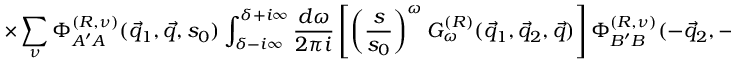
\times \sum _ { \nu } \Phi _ { A ^ { \prime } A } ^ { ( \cal R , \nu ) } ( \vec { q } _ { 1 } , \vec { q } , s _ { 0 } ) \int _ { \delta - i \infty } ^ { \delta + i \infty } \frac { d \omega } { 2 \pi i } \left[ \left( \frac { s } { s _ { 0 } } \right) ^ { \omega } G _ { \omega } ^ { ( \cal R ) } ( \vec { q } _ { 1 } , \vec { q } _ { 2 } , \vec { q } ) \right] \Phi _ { B ^ { \prime } B } ^ { ( \cal R , \nu ) } ( - \vec { q } _ { 2 } , - \vec { q } , s _ { 0 } ) ,